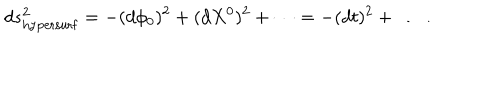
d s _ { \mathrm { h y p e r s u r f } } ^ { 2 } = - ( d \phi _ { 0 } ) ^ { 2 } + ( d X ^ { 0 } ) ^ { 2 } + \dots = - ( d t ) ^ { 2 } + \dots ~ .